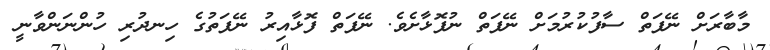
މާބާރަށް ނޭފަތް ސާފުކުރުމަށް ނޭފަތް ނުފޮޅާށެވެ. ނޭފަތް ފޮޅާއިރު ނޭފަތުގެ ހިނދުރި ހުންނަންވާނީ